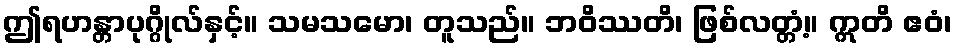
ဤရဟန္တာပုဂ္ဂိုလ်နှင့်။ သမသမော၊ တူသည်။ ဘဝိဿတိ၊ ဖြစ်လတ္တံ့။ ဣတိ ဧဝံ၊